Subject: cs
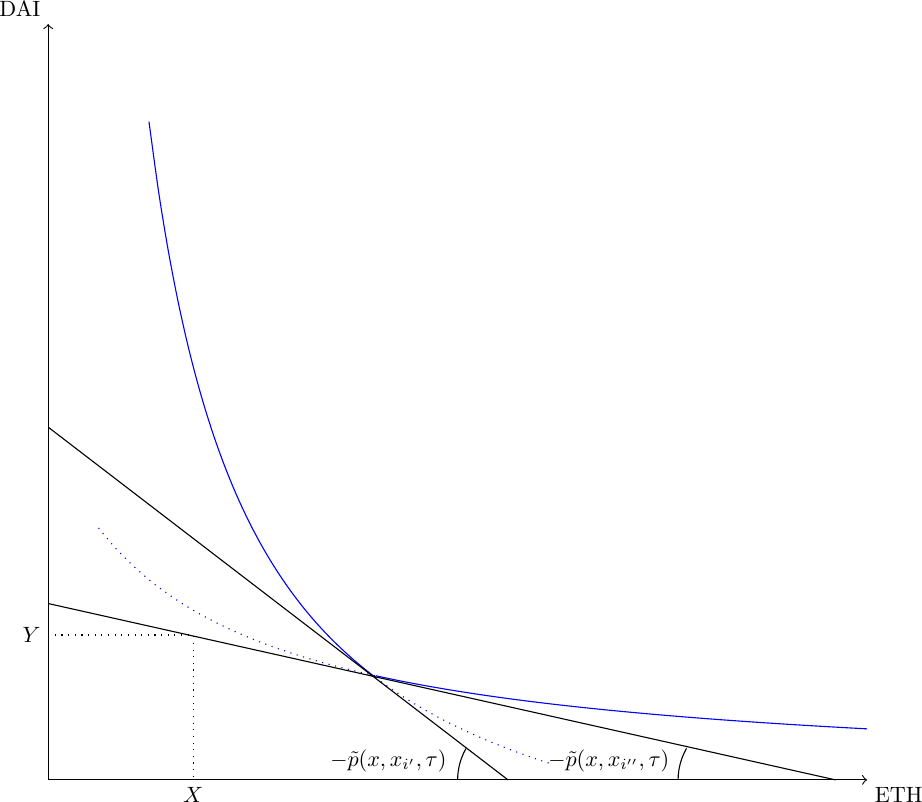
LaTeX code:
    \begin{tikzpicture}[scale=1.6, every node/.style={scale=.8}]
   \def\t{.5}; %fee
   \def\QUSD{1.15}; %initial DAI pool
   \def\QE{1.15}; % initial ETH pool

    \draw[->] (0,0) -- (6.5,0) node[below right] {ETH};
    \draw[->] (0,0) -- (0,6) node[above left] {DAI};

 \draw[dotted] (0,\QUSD)node[left]{$Y$} -- (\QE,\QUSD) -- (\QE,0) node[below]{$X$};

      \draw[domain=.8:2.6,smooth,variable=\x, blue] plot ({\x},{5.1/\x-(\t/(1-\t))*\QUSD}) ;
              \draw[dotted,domain=2.6:4,smooth,variable=\x, blue] plot ({\x},{5.1/\x-(\t/(1-\t))*\QUSD}) ;

     \draw[domain=2.6:6.5,smooth,variable=\x, blue] plot ({\x},{(3.1/(\x+\QE*(\t/(1-\t)))}) ;
   \draw[dotted,domain=0.4:2.6,smooth,variable=\x, blue] plot ({\x},{(3.1/(\x+\QE*(\t/(1-\t)))}) ;

 \draw (0,1.4) --(6.25,0);

\draw(5,0) arc[start angle=0, end angle=-30, radius=-.5];
    \node at (4.45,0.15) {$-\tilde p(  x, x_{i''},\tau)$};

 \draw (0,2.8) --(3.65,0);

\draw(3.25,0) arc[start angle=0, end angle=-30, radius=-.5];
    \node at (2.7,0.15) {$-\tilde p(  x, x_{i'},\tau)$};

\end{tikzpicture}